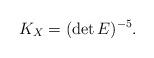
LaTeX: \begin{align*}K_X=(\det E)^{-5}.\end{align*}